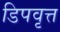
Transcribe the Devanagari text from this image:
डिपवृत्त